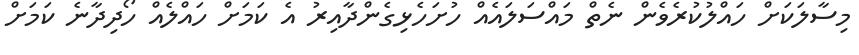
މިސާލަކަށް ހައްލުކުރެވެން ނެތް މައްސަލައެއް ހުށަހެޅިގެންދާއިރު އެ ކަމަށް ހައްލެއް ހޯދިދާނެ ކަމަށް